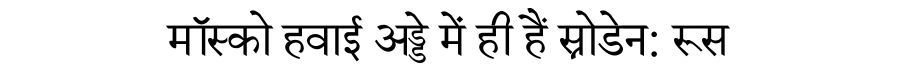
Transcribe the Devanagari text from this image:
मॉस्को हवाई अड्डे में ही हैं स्नोडेन: रूस